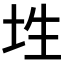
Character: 𡊳